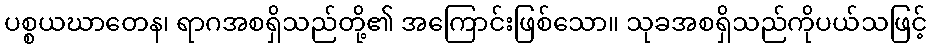
ပစ္စယဃာတေန၊ ရာဂအစရှိသည်တို့၏ အကြောင်းဖြစ်သော။ သုခအစရှိသည်ကိုပယ်သဖြင့်